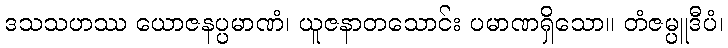
ဒသသဟဿ ယောဇနပ္ပမာဏံ၊ ယူဇနာတသောင်း ပမာဏရှိသော။ တံဇမ္ပူဒီပံ၊